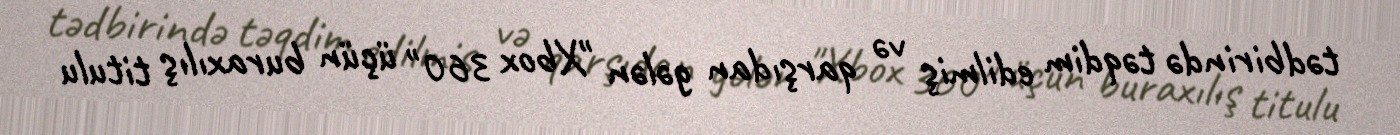
tədbirində təqdim edilmiş və qarşıdan gələn "Xbox 360" üçün buraxılış titulu